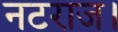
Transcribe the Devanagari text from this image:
नटराज।